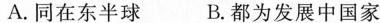
A.同在东半球 B.都为发展中国家